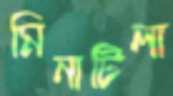
মিনাটিলা